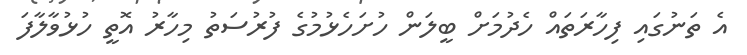
އެ ތަނުގައި ފިހާރަތައް ހެދުމަށް ބީލަން ހުށަހެޅުމުގެ ފުރުސަތު މިހާރު އޮތީ ހުޅުވާލާފަ